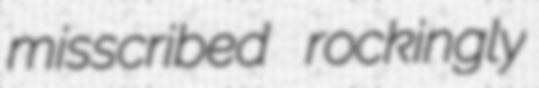
misscribed rockingly